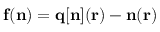
{ \bf f ( n ) } = { \bf q [ { \bf n } ] ( { \bf r } ) - n ( { \bf r } ) }